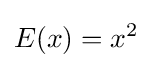
E(x)=x^{2}